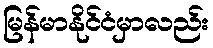
မြန်မာနိုင်ငံမှာလည်း